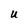
Character: U